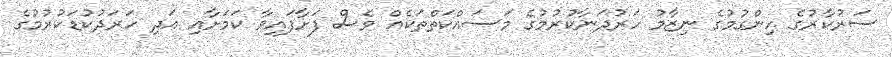
ސަރުކާރުގެ ހިންގުމުގެ ނިޒާމު ހަރުދަނާކުރުމުގެ މަސައްކަތްތަކެއް ވެސް ފަށާފައިވާ ކަމަށާއި އަދި ހަރަދުކުޑަކުރުމުގެ